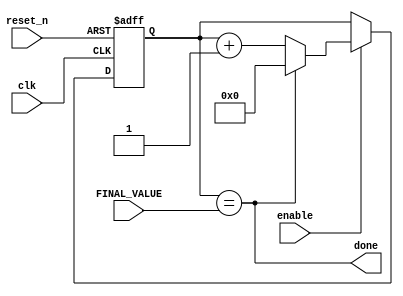
//count from 0 to final value to generate 16 tick in one data period

// final value = (clock frequency /(16 * baud rate)) - 1
//example

// clock frequenct "f" = 100MHZ
// baud rate "b" = 9600 bits/second
//final value = 650
//1010001010

module timer_input
  #(parameter BITS = 10)(
    input clk,
    input reset_n,
    input enable,
    input[BITS - 1 : 0] FINAL_VALUE,
    output done
    );
    
    reg [BITS - 1: 0] Q_reg,Q_next;
  
    always @(posedge clk, negedge reset_n) begin
    if(~reset_n)
      Q_reg <= 'b0;
    else if(enable)
      Q_reg <= Q_next;
    else
      Q_reg <= Q_reg;
    end
  
    assign done = Q_reg == FINAL_VALUE;
  
    always @(*)
      Q_next = done? 'b0 : Q_reg+1;
endmodule